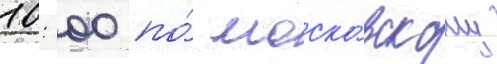
10: 00 по́ моско́вскому